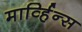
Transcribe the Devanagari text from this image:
मार्व्हिन्स